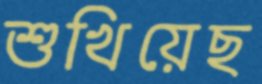
শুখিয়েছ